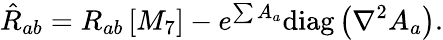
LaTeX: {\hat{R}_{ab}=R_{ab}\left[M_{7}\right]-e^{\sum A_{a}}\textrm{diag}\left(\nabla^{2}A_{a}\right).}